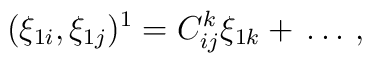
(\xi_{1i},\xi_{1j})^1=C^k_{ij}\xi_{1k}+\,\ldots\,,